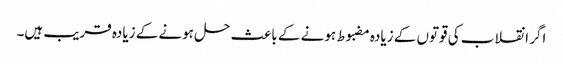
اگر انقلاب کی قوتوں کے زیادہ مضبوط ہونے کے باعث حل ہونے کے زیادہ قریب ہیں۔